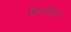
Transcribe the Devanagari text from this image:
फ्रित्यौफ़्स